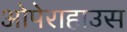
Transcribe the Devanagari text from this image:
ओपेराहाउस